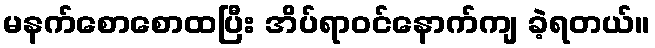
မနက်စောစောထပြီး အိပ်ရာဝင်နောက်ကျ ခဲ့ရတယ်။